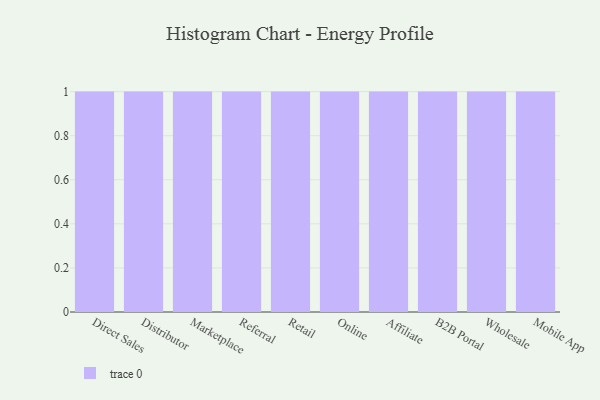
{"axis": {"x": "Channel", "y": "Population (Million)"}, "legend": [""], "data": [{"x": "Direct Sales", "y": 99, "type": ""}, {"x": "Distributor", "y": 88, "type": ""}, {"x": "Marketplace", "y": 81, "type": ""}, {"x": "Referral", "y": 67, "type": ""}, {"x": "Retail", "y": 95, "type": ""}, {"x": "Online", "y": 86, "type": ""}, {"x": "Affiliate", "y": 40, "type": ""}, {"x": "B2B Portal", "y": 18, "type": ""}, {"x": "Wholesale", "y": 45, "type": ""}, {"x": "Mobile App", "y": 14, "type": ""}]}